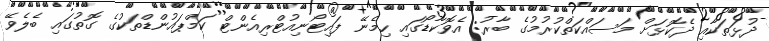
ދުޅަތަކާއި ދެކޮޅަށް މަސައްކަތްކުރުމުގެ ބާރު: އެވޮކާޑޯގައި ހިމެނޭ ފައިޓޯނިއުޓްރިއެންޓް ކަމްޕައުންޑްތަކުގެ ގޮތުގައި ބެލެވޭ